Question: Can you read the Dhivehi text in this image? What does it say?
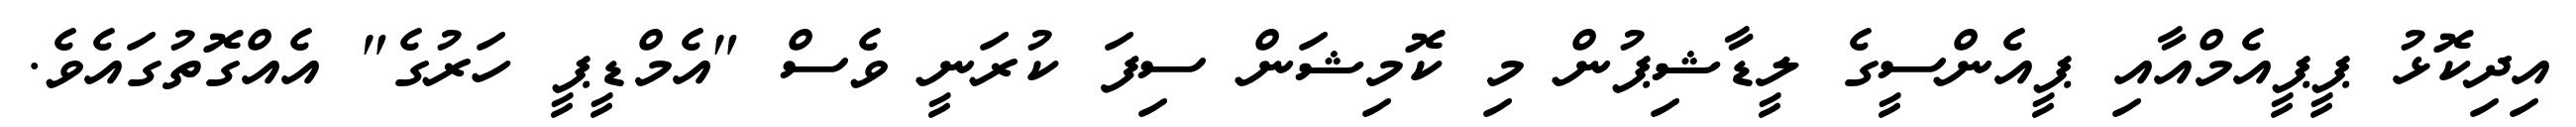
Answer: އިދިކޮޅު ޕީޕީއެމްއާއި ޕީއެންސީގެ ލީޑާޝިޕުން މި ކޮމިޝަން ސިފަ ކުރަނީ ވެސް "އެމްޑީޕީ ހަރުގެ" އެއްގޮތުގައެވެ.